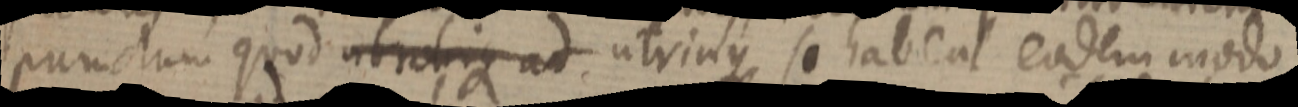
punctum quod ubrotique ad utrinque se habent eodem modo